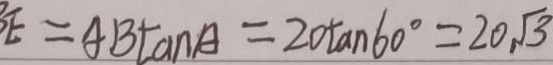
E = A B \tan A = 2 0 \tan 6 0 ^ { \circ } = 2 0 \sqrt { 3 }